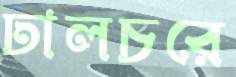
ঢালচরে